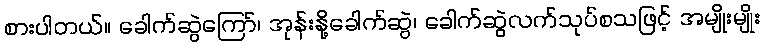
စားပါတယ်။ ခေါက်ဆွဲကြော်၊ အုန်းနို့ခေါက်ဆွဲ၊ ခေါက်ဆွဲလက်သုပ်စသဖြင့် အမျိုးမျိုး